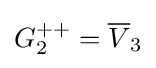
G_{2}^{++}={\overline {V}}_{3}